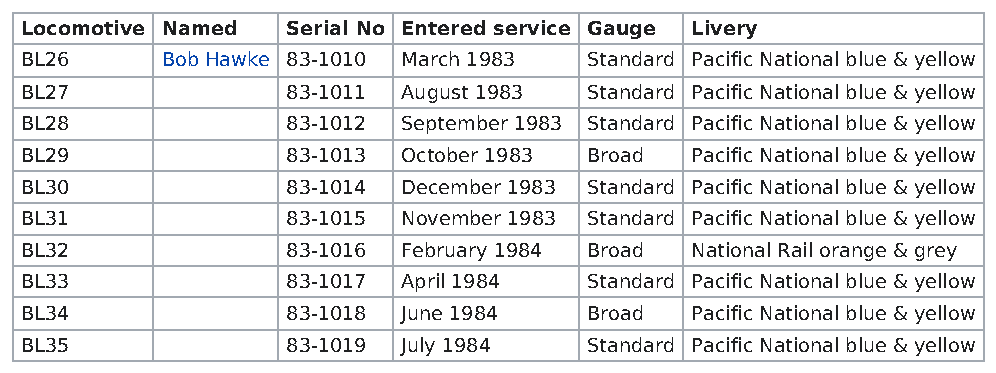
Locomotive Named  Serial No Entered service Gauge Livery
 BL26      Bob Hawke 83-1010 March 1983 Standard Pacific National blue & yellow
 BL27              83-1011 August 1983 Standard Pacific National blue & yellow
 BL28              83-1012 September 1983 Standard Pacific National blue & yellow
 BL29              83-1013 October 1983 Broad Pacific National blue & yellow
 BL30              83-1014 December 1983 Standard Pacific National blue & yellow
 BL31              83-1015 November 1983 Standard Pacific National blue & yellow
 BL32              83-1016 February 1984 Broad National Rail orange & grey
 BL33              83-1017 April 1984  Standard Pacific National blue & yellow
 BL34              83-1018 June 1984   Broad  Pacific National blue & yellow
 BL35              83-1019 July 1984   Standard Pacific National blue & yellow